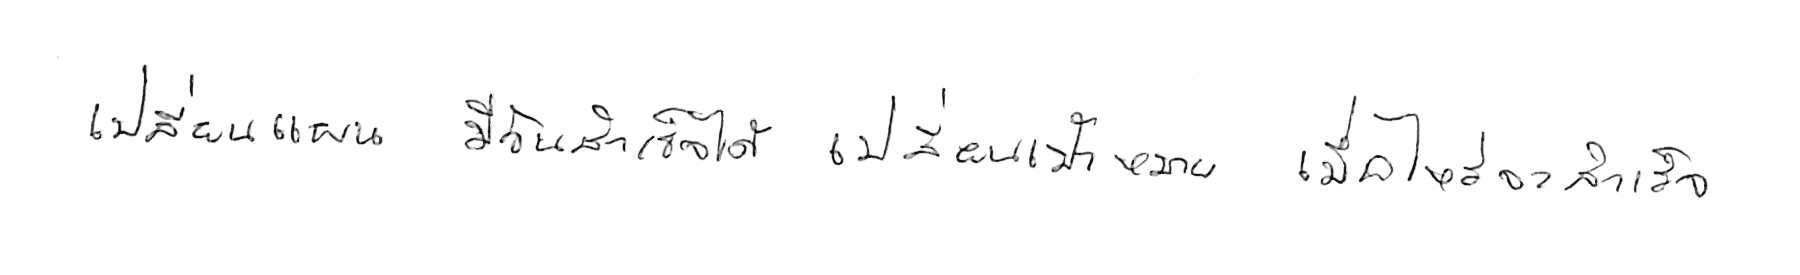
เปลี่ยนแผน มีวันสำเร็จได้ เปลี่ยนเป้าหมาย เมื่อไหร่จะสำเร็จ